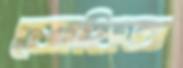
ঘোষিত